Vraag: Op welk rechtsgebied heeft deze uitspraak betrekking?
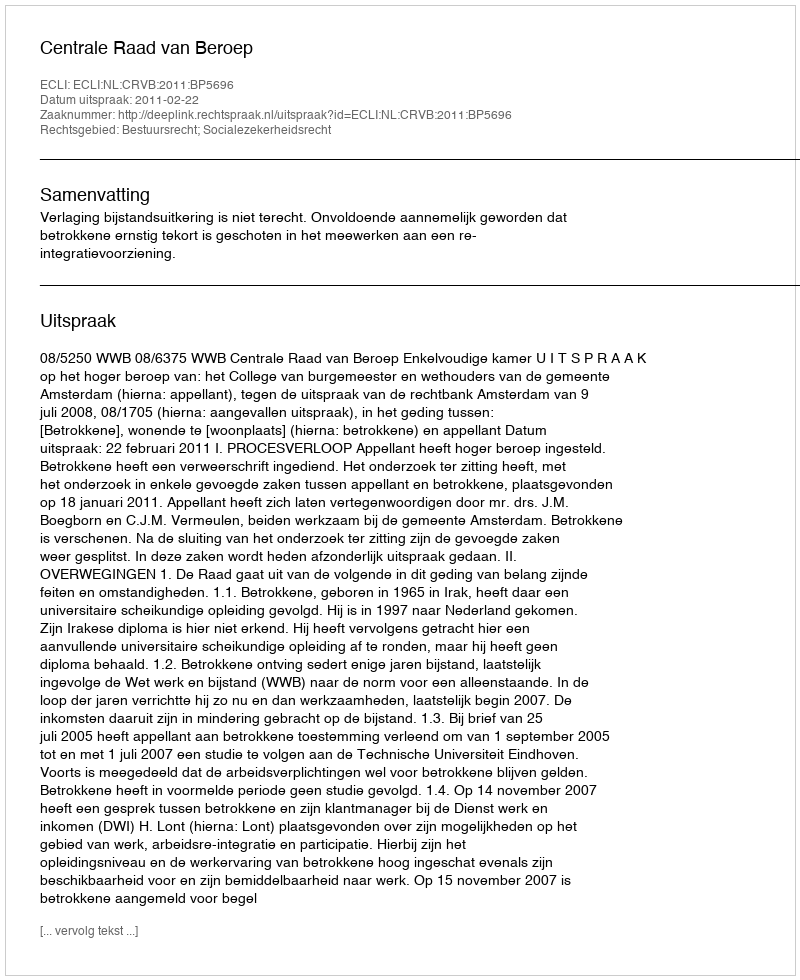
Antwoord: Bestuursrecht; Socialezekerheidsrecht